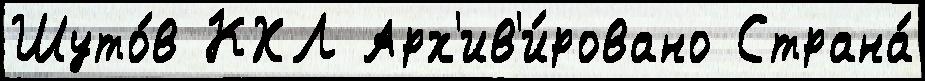
Шуто́в КХЛ Арх'ив'и́ровано Страна́